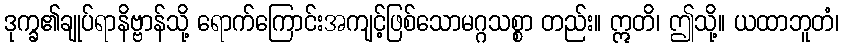
ဒုက္ခ၏ချုပ်ရာနိဗ္ဗာန်သို့ ရောက်ကြောင်းအကျင့်ဖြစ်သောမဂ္ဂသစ္စာ တည်း။ ဣတိ၊ ဤသို့။ ယထာဘူတံ၊